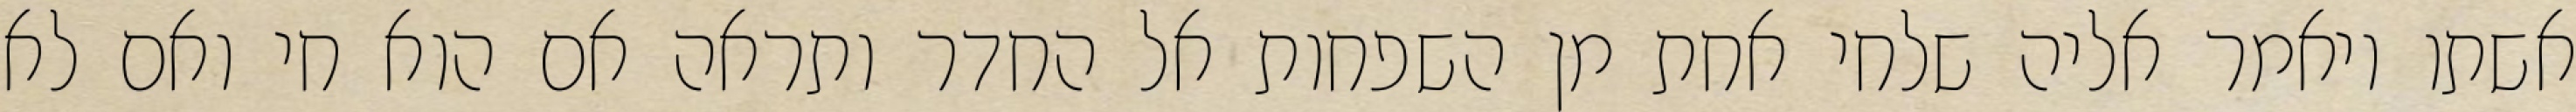
אשתו ויאמר אליה שלחי אחת מן השפחות אל החדר ותראה אם הוא חי ואם לא